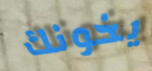
يخونك